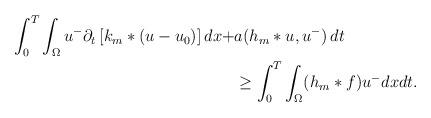
LaTeX: \begin{align*}\int_{0}^{T}\int_{\Omega}u^{-}\partial_{t}\left[ k_{m}*(u-u_{0}) \right]dx+ & a(h_{m}*u,u^{-})\, dt \\& \geq \int_{0}^{T}\int_{\Omega}(h_{m}*f)u^{-} dxdt.\end{align*}